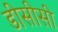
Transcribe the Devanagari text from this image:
डीसीसी